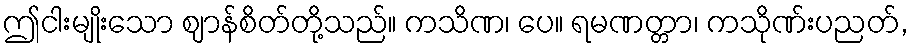
ဤငါးမျိုးသော ဈာန်စိတ်တို့သည်။ ကသိဏ၊ ပေ။ ရမဏတ္တာ၊ ကသိုဏ်းပညတ်,